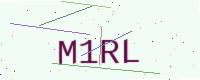
Text: M1RL